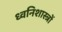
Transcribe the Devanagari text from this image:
ध्वनिशास्त्रों